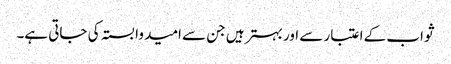
ثواب کے اعتبار سے اور بہتر ہیں جن سے امید وابستہ کی جاتی ہے۔